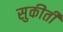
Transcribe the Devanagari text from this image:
सुकीर्ती